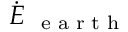
\dot { E } _ { \mathrm { ~ \scriptsize ~ e ~ a ~ r ~ t ~ h ~ } }